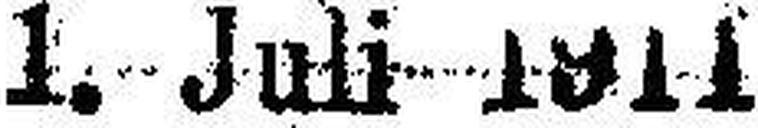
1. Juli 1911